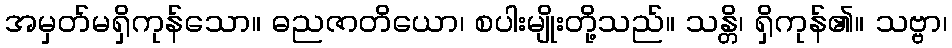
အမှတ်မရှိကုန်သော။ ဓညဇာတိယော၊ စပါးမျိုးတို့သည်။ သန္တိ၊ ရှိကုန်၏။ သဗ္ဗာ၊